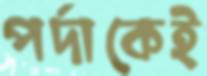
পর্দাকেই